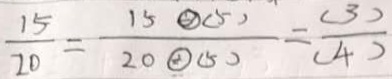
\frac { 1 5 } { 2 0 } = \frac { 1 5 \textcircled { \div } ( 5 ) } { 2 0 \textcircled { \div } ( 5 ) } = \frac { ( 3 ) } { ( 4 ) }